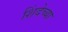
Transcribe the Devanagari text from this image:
शिंदेच्या